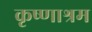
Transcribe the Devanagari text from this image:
कृष्णाश्रम